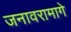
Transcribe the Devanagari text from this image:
जनावरामागे